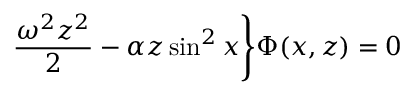
\frac { \omega ^ { 2 } z ^ { 2 } } { 2 } - \alpha z \sin ^ { 2 } x \Biggr \} \Phi ( x , z ) = 0